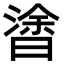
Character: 𣉯